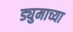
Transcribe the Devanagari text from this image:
ड्युमाच्या